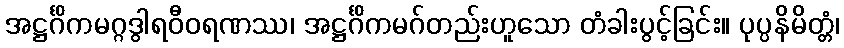
အဋ္ဌင်္ဂိကမဂ္ဂဒွါရဝီဝရဏဿ၊ အဋ္ဌင်္ဂိကမဂ်တည်းဟူသော တံခါးပွင့်ခြင်း။ ပုပ္ပနိမိတ္တံ၊